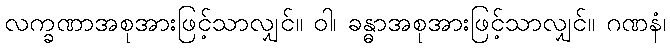
လက္ခဏာအစုအားဖြင့်သာလျှင်။ ဝါ၊ ခန္ဓာအစုအားဖြင့်သာလျှင်။ ဂဏနံ၊